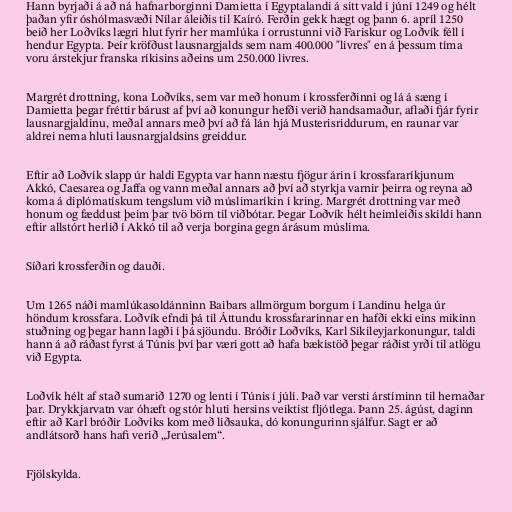
Hann byrjaði á að ná hafnarborginni Damietta í Egyptalandi á sitt vald í júní 1249 og hélt
þaðan yfir óshólmasvæði Nílar áleiðis til Kaíró. Ferðin gekk hægt og þann 6. apríl 1250
beið her Loðvíks lægri hlut fyrir her mamlúka í orrustunni við Fariskur og Loðvík féll í
hendur Egypta. Þeir kröfðust lausnargjalds sem nam 400.000 "livres" en á þessum tíma
voru árstekjur franska ríkisins aðeins um 250.000 livres.

Margrét drottning, kona Loðvíks, sem var með honum í krossferðinni og lá á sæng í
Damietta þegar fréttir bárust af því að konungur hefði verið handsamaður, aflaði fjár fyrir
lausnargjaldinu, meðal annars með því að fá lán hjá Musterisriddurum, en raunar var
aldrei nema hluti lausnargjaldsins greiddur.

Eftir að Loðvík slapp úr haldi Egypta var hann næstu fjögur árin í krossfararíkjunum
Akkó, Caesarea og Jaffa og vann meðal annars að því að styrkja varnir þeirra og reyna að
koma á diplómatískum tengslum við múslimaríkin í kring. Margrét drottning var með
honum og fæddust þeim þar tvö börn til viðbótar. Þegar Loðvík hélt heimleiðis skildi hann
eftir allstórt herlið í Akkó til að verja borgina gegn árásum múslima.

Síðari krossferðin og dauði.

Um 1265 náði mamlúkasoldánninn Baibars allmörgum borgum í Landinu helga úr
höndum krossfara. Loðvík efndi þá til Áttundu krossfararinnar en hafði ekki eins mikinn
stuðning og þegar hann lagði í þá sjöundu. Bróðir Loðvíks, Karl Sikileyjarkonungur, taldi
hann á að ráðast fyrst á Túnis því þar væri gott að hafa bækistöð þegar ráðist yrði til atlögu
við Egypta.

Loðvík hélt af stað sumarið 1270 og lenti í Túnis í júlí. Það var versti árstíminn til hernaðar
þar. Drykkjarvatn var óhæft og stór hluti hersins veiktist fljótlega. Þann 25. ágúst, daginn
eftir að Karl bróðir Loðvíks kom með liðsauka, dó konungurinn sjálfur. Sagt er að
andlátsorð hans hafi verið „Jerúsalem“.

Fjölskylda.